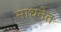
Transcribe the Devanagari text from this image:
साधनेत